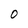
Character: 0